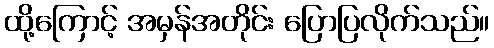
ထို့ကြောင့် အမှန်အတိုင်း ပြောပြလိုက်သည်။